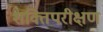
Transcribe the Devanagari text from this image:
शक्तिपरीक्षण